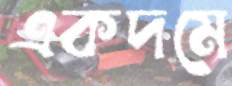
একদমে